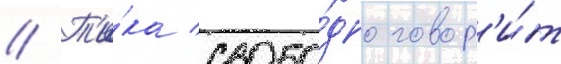
// Т'и́ка свобо́дно говор'и́т